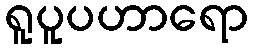
ရူပူပဟာရော